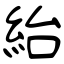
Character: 紿